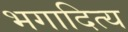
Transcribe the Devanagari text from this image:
भगादित्य